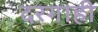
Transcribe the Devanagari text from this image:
दरगाही